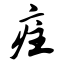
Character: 疰